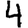
Digit: 4